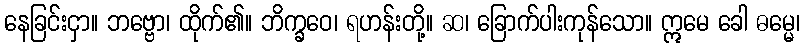
နေခြင်းငှာ။ ဘဗ္ဗော၊ ထိုက်၏။ ဘိက္ခဝေ၊ ရဟန်းတို့။ ဆ၊ ခြောက်ပါးကုန်သော။ ဣမေ ခေါ ဓမ္မေ၊